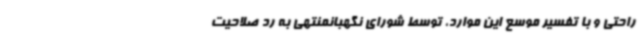
راحتی و با تفسیر موسع این موارد، توسط شورای نگهبانمنتهی به رد صلاحیت